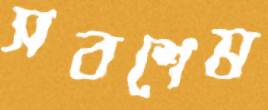
সবশেষ